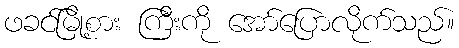
ဖခင်မြို့စား ကြီးကို အော်ပြောလိုက်သည်။